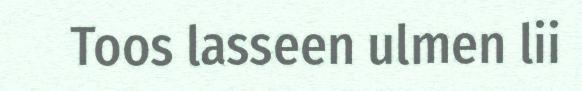
Toos lasseen ulmen lii